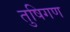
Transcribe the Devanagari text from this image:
तुषिगण